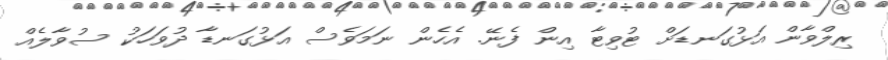
ރިލްވާން އަޅުގަނޑަށް ޓުވިޓާ އިން ފެނޭ. އެހެން ނަމަވެސް އަޅުގަނޑާ ދުވަހަކު ސުވާލެއް